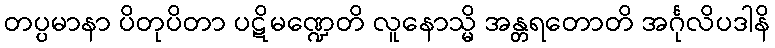
တပ္ပမာနာ ပိတုပိတာ ပဋိမဏ္ဍေတိ လူနောသ္မိ အန္တရတောတိ အင်္ဂုလိပဒါနိ